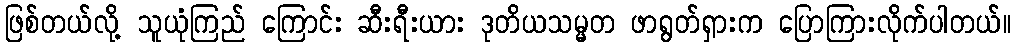
ဖြစ်တယ်လို့ သူယုံကြည် ကြောင်း ဆီးရီးယား ဒုတိယသမ္မတ ဖာရွတ်ရှားက ပြောကြားလိုက်ပါတယ်။